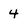
Character: 4